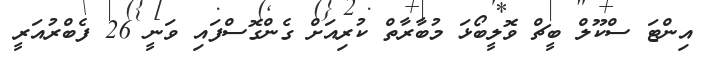
އިންޓަ ސްކޫލް ބީޗް ވޮލީބޯޅަ މުބާރާތް ކުރިއަށް ގެންގޮސްފައި ވަނީ 26 ފެބްރުއަރީ